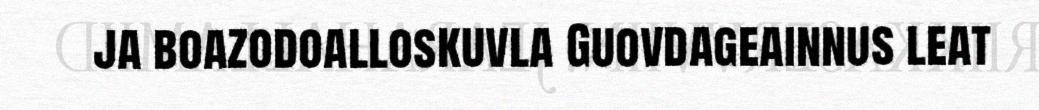
ja boazodoalloskuvla Guovdageainnus leat